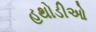
હથોડીઓ